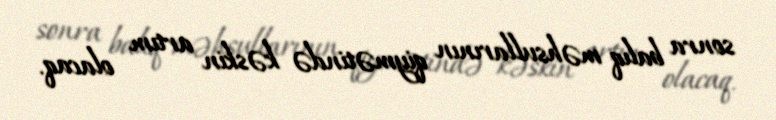
sonra balıq məhsullarının qiymətində kəskin artım olacaq.